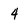
Character: 4